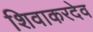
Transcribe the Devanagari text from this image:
शिवाकरदेव